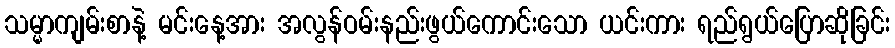
သမ္မာကျမ်းစာနဲ့ မင်းနေ့အား အလွန်ဝမ်းနည်းဖွယ်ကောင်းသော ယင်းကား ရည်ရွယ်ပြောဆိုခြင်း